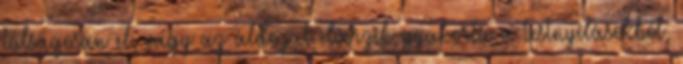
túlságosan el, vagy az áldozat elvérzik gyakorta a testnyílásokból,